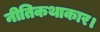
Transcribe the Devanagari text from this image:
नीतिकथाकार।